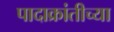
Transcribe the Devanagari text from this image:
पादाक्रांतीच्या